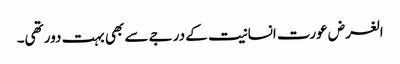
الغرض عورت انسانیت کے درجے سے بھی بہت دور تھی۔